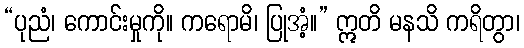
“ပုညံ၊ ကောင်းမှုကို။ ကရောမိ၊ ပြုအံ့။” ဣတိ မနသိ ကရိတွာ၊